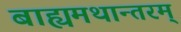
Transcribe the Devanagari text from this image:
बाह्यमथान्तरम्